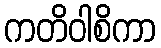
ကတိဝါစိကာ